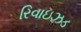
રિવાઇઝડ